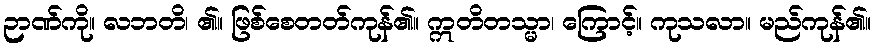
ဉာဏ်ကို။ လဘတိ၊ ၏။ ဖြစ်စေတတ်ကုန်၏။ ဣတိတသ္မာ၊ ကြောင့်။ ကုသလာ။ မည်ကုန်၏။